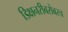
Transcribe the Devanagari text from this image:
डिक्षनरीबरोबरच